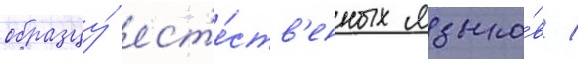
образцу́ ест'е́ств'енных языко́в /